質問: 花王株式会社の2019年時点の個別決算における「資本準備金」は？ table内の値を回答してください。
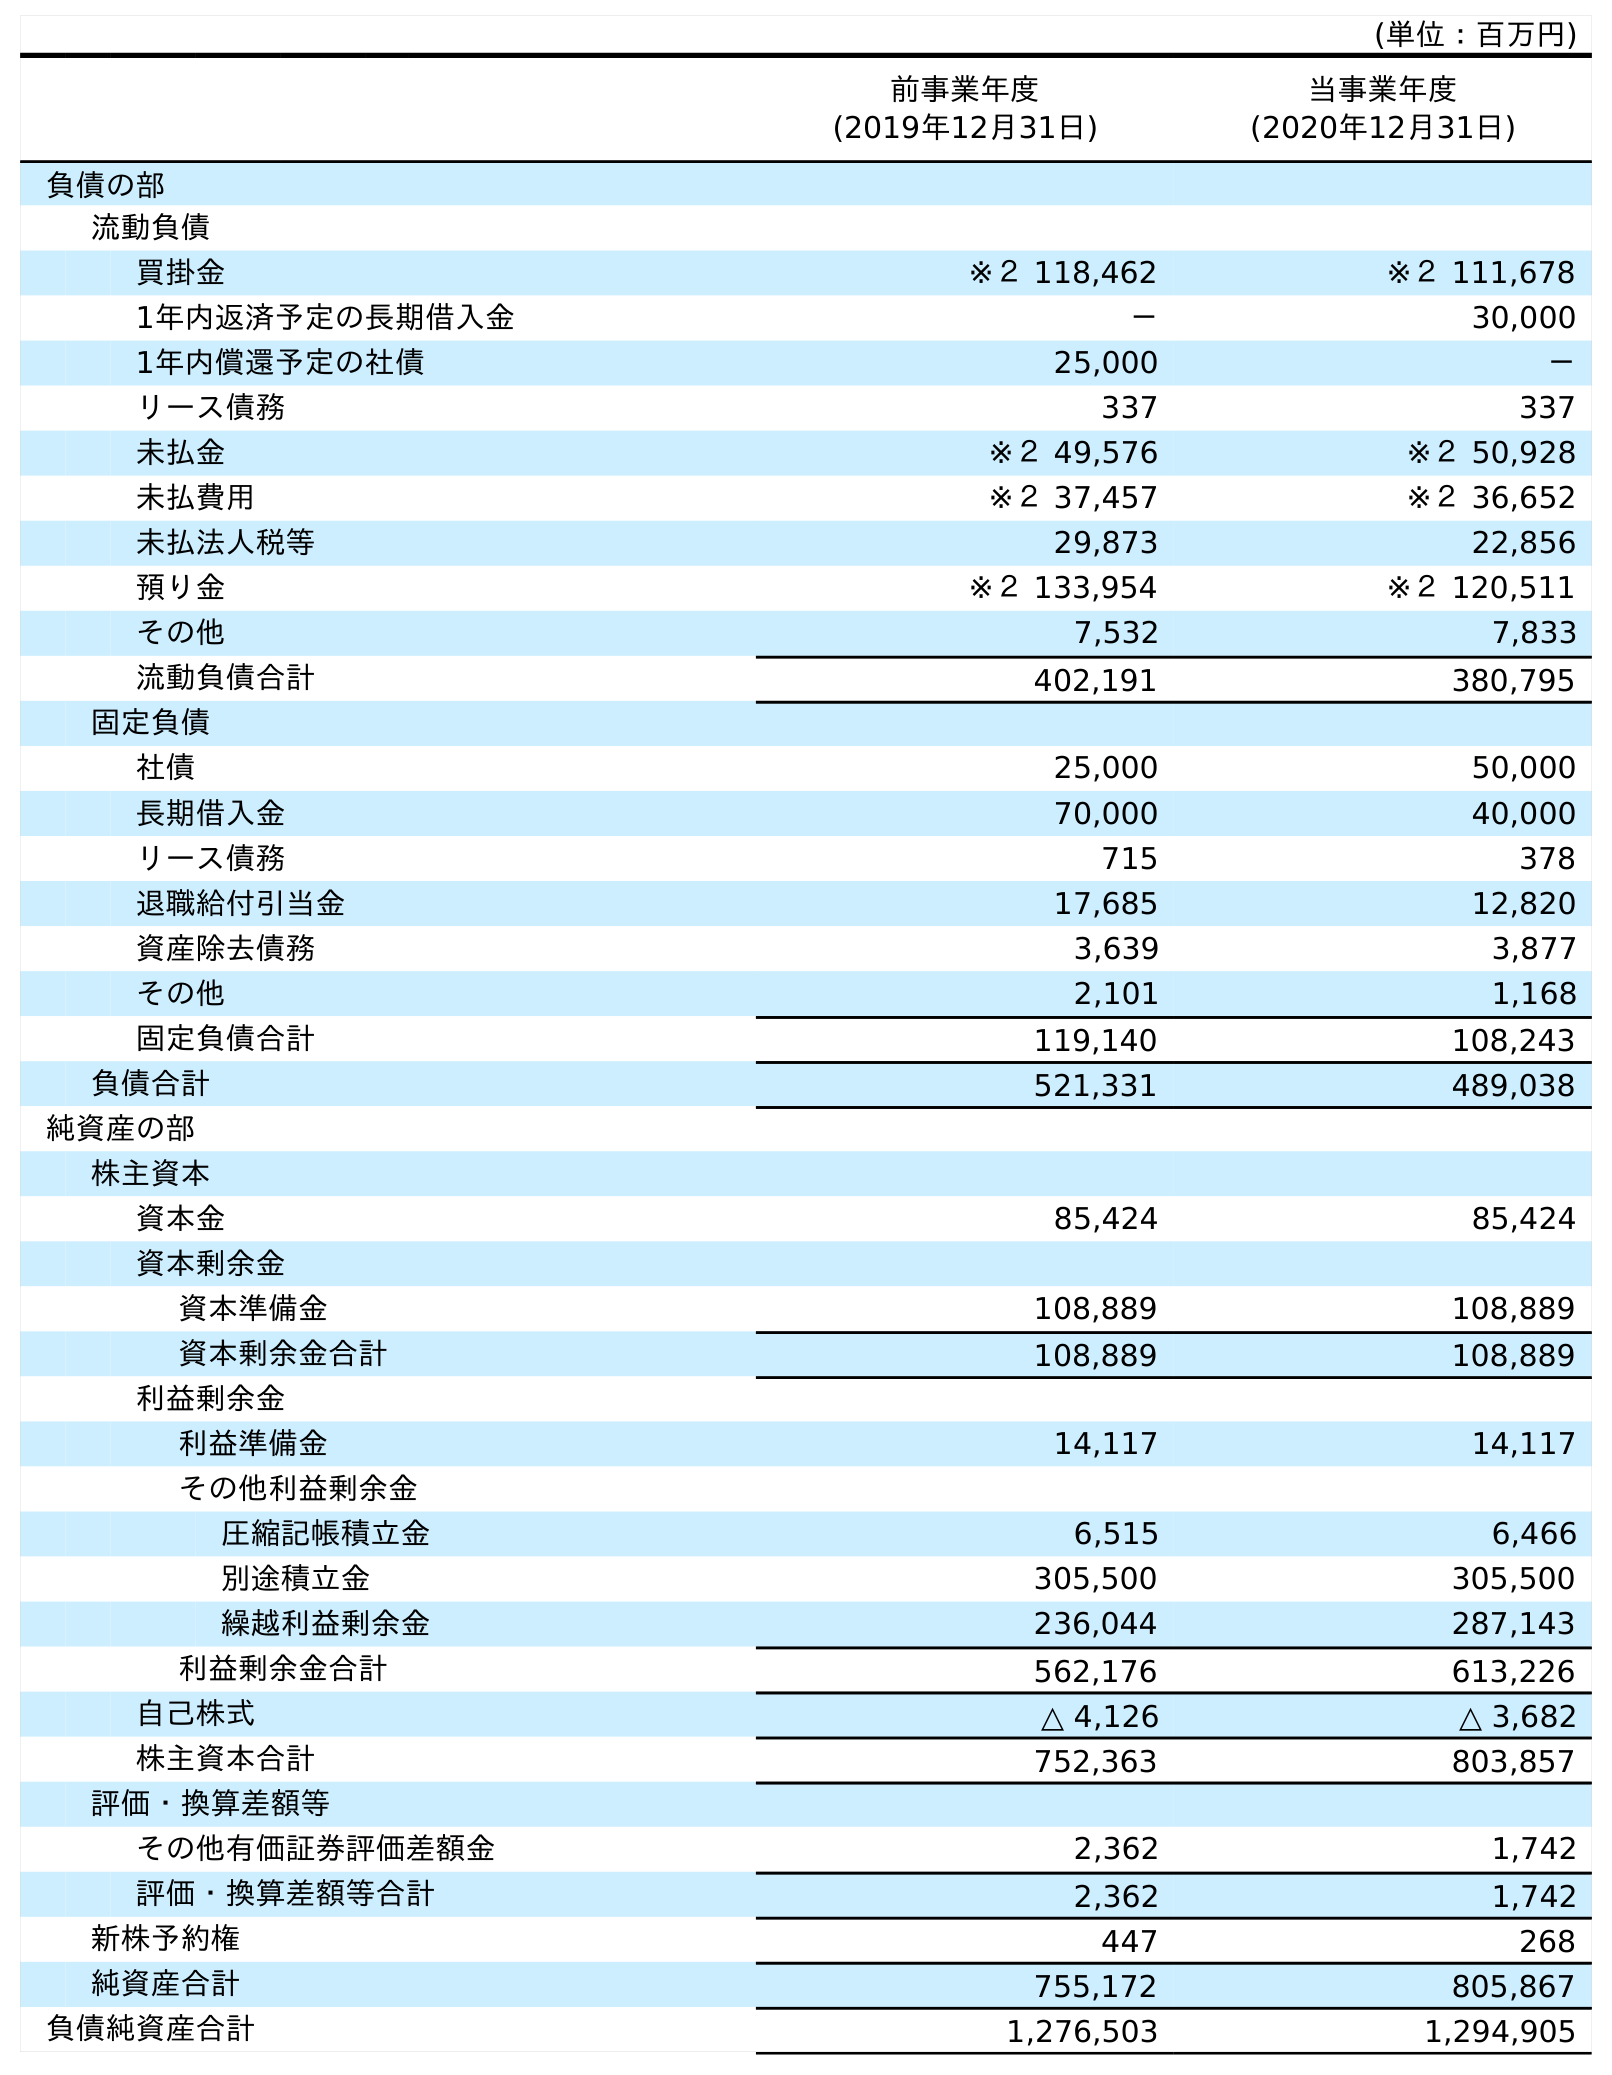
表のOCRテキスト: (単位：百万円) 前事業年度 (2019年12月31日) 当事業年度 (2020年12月31日) 負債の部 流動負債 買掛金 ※２ 118,462 ※２ 111,678 1年内返済予定の長期借入金 － 30,000 1年内償還予定の社債 25,000 － リース債務 337 337 未払金 ※２ 49,576 ※２ 50,928 未払費用 ※２ 37,457 ※２ 36,652 未払法人税等 29,873 22,856 預り金 ※２ 133,954 ※２ 120,511 その他 7,532 7,833 流動負債合計 402,191 380,795 固定負債 社債 25,000 50,000 長期借入金 70,000 40,000 リース債務 715 378 退職給付引当金 17,685 12,820 資産除去債務 3,639 3,877 その他 2,101 1,168 固定負債合計 119,140 108,243 負債合計 521,331 489,038 純資産の部 株主資本 資本金 85,424 85,424 資本剰余金 資本準備金 108,889 108,889 資本剰余金合計 108,889 108,889 利益剰余金 利益準備金 14,117 14,117 その他利益剰余金 圧縮記帳積立金 6,515 6,466 別途積立金 305,500 305,500 繰越利益剰余金 236,044 287,143 利益剰余金合計 562,176 613,226 自己株式 △ 4,126 △ 3,682 株主資本合計 752,363 803,857 評価・換算差額等 その他有価証券評価差額金 2,362 1,742 評価・換算差額等合計 2,362 1,742 新株予約権 447 268 純資産合計 755,172 805,867 負債純資産合計 1,276,503 1,294,905
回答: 108,889